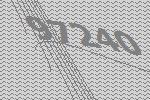
97240